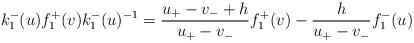
LaTeX: \begin{align*}k_{1}^{-}(u)f_{1}^{+}(v)k_{1}^{-}(u)^{-1}=\frac{u_{+}-v_{-}+h}{u_{+}-v_{-}}f_{1}^{+}(v)-\frac{h}{u_{+}-v_{-}}f_{1}^{-}(u)\end{align*}